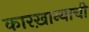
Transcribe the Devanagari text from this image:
कारख़ान्याची